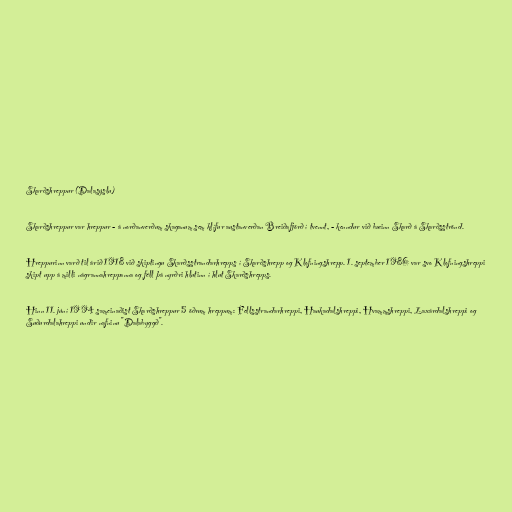
Skarðshreppur (Dalasýslu)

Skarðshreppur var hreppur - á norðanverðum skaganum sem klífur austanverðan Breiðafjörð í tvennt, - kenndur við bæinn Skarð á Skarðsströnd.

Hreppurinn varð til árið 1918 við skiptingu Skarðsstrandarhrepps í Skarðshrepp og Klofningshrepp. 1. september 1986 var svo Klofningshreppi
skipt upp á milli nágrannahreppanna og féll þá nyrðri hlutinn í hlut Skarðshrepps.

Hinn 11. júní 1994 sameinaðist Skarðshreppur 5 öðrum hreppum: Fellsstrandarhreppi, Haukadalshreppi, Hvammshreppi, Laxárdalshreppi og
Suðurdalahreppi undir nafninu "Dalabyggð".